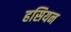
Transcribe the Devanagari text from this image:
हसियन